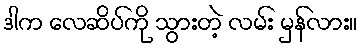
ဒါက လေဆိပ်ကို သွားတဲ့ လမ်း မှန်လား။